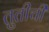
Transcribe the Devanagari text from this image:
तुतीची